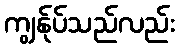
ကျွန်ုပ်သည်လည်း